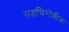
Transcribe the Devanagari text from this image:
गडचिरोलीला